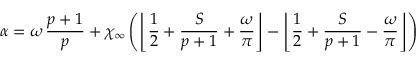
\alpha = \omega \, \displaystyle \frac { p + 1 } { p } + \chi _ { \infty } \left( \left\lfloor \displaystyle \frac { 1 } { 2 } + \displaystyle \frac { S } { p + 1 } + \displaystyle \frac { \omega } { \pi } \right\rfloor - \left\lfloor \displaystyle \frac { 1 } { 2 } + \displaystyle \frac { S } { p + 1 } - \displaystyle \frac { \omega } { \pi } \right\rfloor \right)